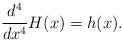
LaTeX: \begin{align*}\frac{d^4}{dx^4} H(x) = h(x).\end{align*}